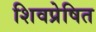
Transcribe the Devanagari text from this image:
शिवप्रेषित